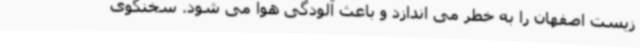
زیست اصفهان را به خطر می اندازد و باعث آلودگی هوا می شود. سخنگوی